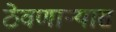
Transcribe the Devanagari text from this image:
ठेवणाऱ्यास